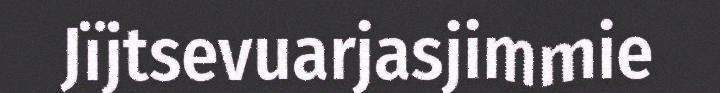
Jïjtsevuarjasjimmie